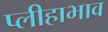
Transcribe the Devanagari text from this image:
प्लीहाभाव